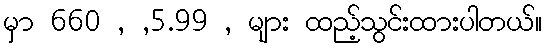
မှာ 660 , ,5.99 , များ ထည့်သွင်းထားပါတယ်။